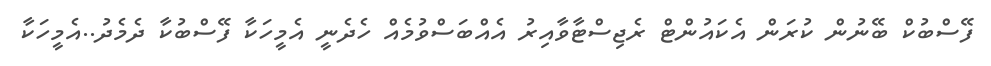
ފޭސްބުކް ބޭނުން ކުރަން އެކައުންޓް ރެޖިސްޓާވާއިރު އެއްބަސްވުމެއް ހެދެނީ އެމީހަކާ ފޭސްބުކާ ދެމެދު..އެމީހަކާ